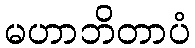
မဟာဘိတာပံ